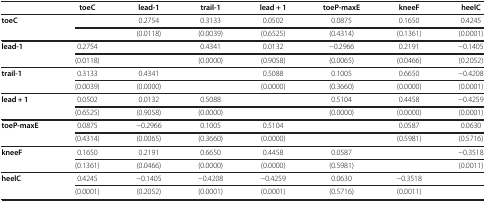
<table><thead><tr><td><b> </b></td><td><b>toeC</b></td><td><b>lead-1</b></td><td><b>trail-1</b></td><td><b>lead + 1</b></td><td><b>toeP-maxE</b></td><td><b>kneeF</b></td><td><b>heelC</b></td></tr></thead><tbody><tr><td><b>toeC</b></td><td> </td><td>0.2754</td><td>0.3133</td><td>0.0502</td><td>0.0875</td><td>0.1650</td><td>0.4245</td></tr><tr><td> </td><td> </td><td>(0.0118)</td><td>(0.0039)</td><td>(0.6525)</td><td>(0.4314)</td><td>(0.1361)</td><td>(0.0001)</td></tr><tr><td><b>lead-1</b></td><td>0.2754</td><td> </td><td>0.4341</td><td>0.0132</td><td>−0.2966</td><td>0.2191</td><td>−0.1405</td></tr><tr><td> </td><td>(0.0118)</td><td> </td><td>(0.0000)</td><td>(0.9058)</td><td>(0.0065)</td><td>(0.0466)</td><td>(0.2052)</td></tr><tr><td><b>trail-1</b></td><td>0.3133</td><td>0.4341</td><td> </td><td>0.5088</td><td>0.1005</td><td>0.6650</td><td>−0.4208</td></tr><tr><td> </td><td>(0.0039)</td><td>(0.0000)</td><td> </td><td>(0.0000)</td><td>(0.3660)</td><td>(0.0000)</td><td>(0.0001)</td></tr><tr><td><b>lead + 1</b></td><td>0.0502</td><td>0.0132</td><td>0.5088</td><td> </td><td>0.5104</td><td>0.4458</td><td>−0.4259</td></tr><tr><td> </td><td>(0.6525)</td><td>(0.9058)</td><td>(0.0000)</td><td> </td><td>(0.0000)</td><td>(0.0000)</td><td>(0.0001)</td></tr><tr><td><b>toeP-maxE</b></td><td>0.0875</td><td>−0.2966</td><td>0.1005</td><td>0.5104</td><td> </td><td>0.0587</td><td>0.0630</td></tr><tr><td> </td><td>(0.4314)</td><td>(0.0065)</td><td>(0.3660)</td><td>(0.0000)</td><td> </td><td>(0.5981)</td><td>(0.5716)</td></tr><tr><td><b>kneeF</b></td><td>0.1650</td><td>0.2191</td><td>0.6650</td><td>0.4458</td><td>0.0587</td><td> </td><td>−0.3518</td></tr><tr><td> </td><td>(0.1361)</td><td>(0.0466)</td><td>(0.0000)</td><td>(0.0000)</td><td>(0.5981)</td><td> </td><td>(0.0011)</td></tr><tr><td><b>heelC</b></td><td>0.4245</td><td>−0.1405</td><td>−0.4208</td><td>−0.4259</td><td>0.0630</td><td>−0.3518</td><td> </td></tr><tr><td> </td><td>(0.0001)</td><td>(0.2052)</td><td>(0.0001)</td><td>(0.0001)</td><td>(0.5716)</td><td>(0.0011)</td><td> </td></tr></tbody></table>